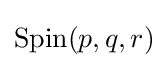
{\text{Spin}}(p,q,r)